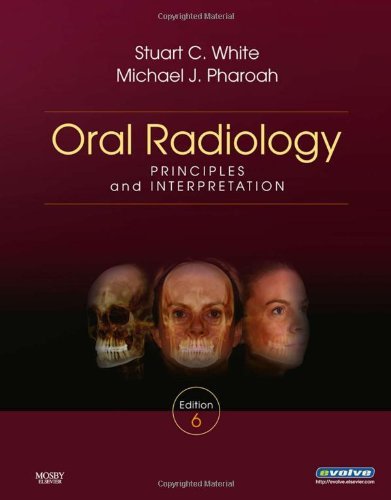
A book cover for By Stuart C. White - Oral Radiology: Principles and Interpretation: 6th (sixth) Edition; Michael J. Pharoah Stuart C. White; Medical Books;